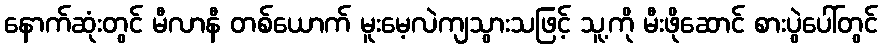
နောက်ဆုံးတွင် မီလာနီ တစ်ယောက် မူးမေ့လဲကျသွားသဖြင့် သူ့ကို မီးဖိုဆောင် စားပွဲပေါ်တွင်